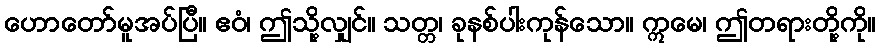
ဟောတော်မူအပ်ပြီ။ ဧဝံ၊ ဤသို့လျှင်။ သတ္တ၊ ခုနစ်ပါးကုန်သော။ ဣမေ၊ ဤတရားတို့ကို။